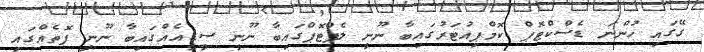
ގޭގައި ހުންނަ ޑެސްކްޓޮޕް ކޮމްޕިއުޓަރުގައިބާ ނޫނީ ލެޕްޓޮޕްގައިބާ ނޫނީ ސީޑީއެއްގައިބާ ނޫނީ ފޮތެއްގައި